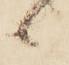
候